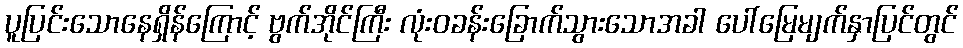
ပူပြင်းသောနေရှိန်ကြောင့် ဗွက်အိုင်ကြီး လုံးဝခန်းခြောက်သွားသောအခါ ပေါ်မြေမျက်နှာပြင်တွင်